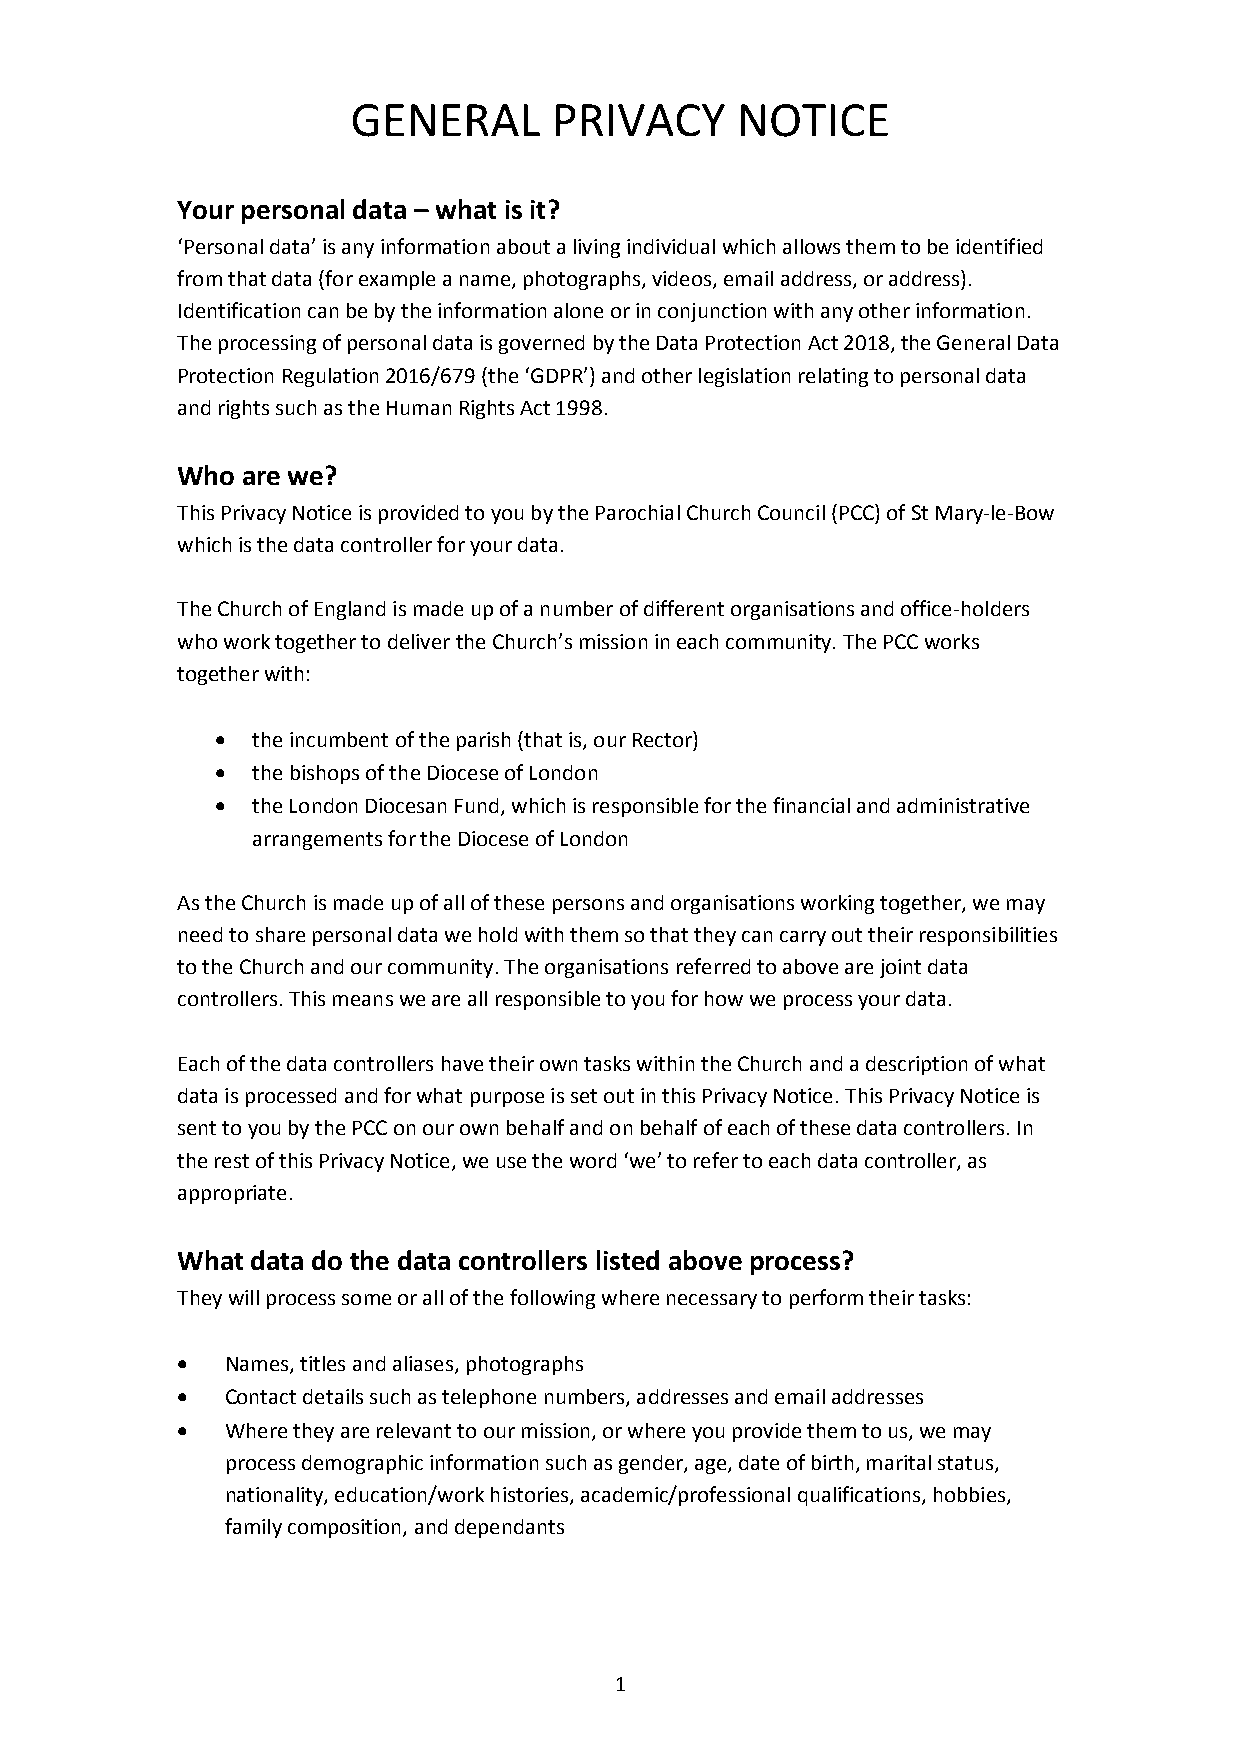
GENERAL       PRIVACY     NOTICE
 Your personal data – what is it?
 ‘Personal data’ is any information about a living individual which allows them to be identified
 from that data (for example a name, photographs, videos, email address, or address).
 Identification can be by the information alone or in conjunction with any other information.
 The processing of personal data is governed by the Data Protection Act 2018, the General Data
 Protection Regulation 2016/679 (the ‘GDPR’) and other legislation relating to personal data
 and rights such as the Human Rights Act 1998.
 Who are we?
 This Privacy Notice is provided to you by the Parochial Church Council (PCC) of St Mary-le-Bow
 which is the data controller for your data.
 The Church of England is made up of a number of different organisations and office-holders
 who work together to deliver the Church’s mission in each community. The PCC works
 together with:
   the incumbent of the parish (that is, our Rector)
   the bishops of the Diocese of London
   the London Diocesan Fund, which is responsible for the financial and administrative
 arrangements for the Diocese of London
 As the Church is made up of all of these persons and organisations working together, we may
 need to share personal data we hold with them so that they can carry out their responsibilities
 to the Church and our community. The organisations referred to above are joint data
 controllers. This means we are all responsible to you for how we process your data.
 Each of the data controllers have their own tasks within the Church and a description of what
 data is processed and for what purpose is set out in this Privacy Notice. This Privacy Notice is
 sent to you by the PCC on our own behalf and on behalf of each of these data controllers. In
 the rest of this Privacy Notice, we use the word ‘we’ to refer to each data controller, as
 appropriate.
 What data do the data controllers listed above process?
 They will process some or all of the following where necessary to perform their tasks:
   Names, titles and aliases, photographs
   Contact details such as telephone numbers, addresses and email addresses
   Where they are relevant to our mission, or where you provide them to us, we may
 process demographic information such as gender, age, date of birth, marital status,
 nationality, education/work histories, academic/professional qualifications, hobbies,
 family composition, and dependants
 1